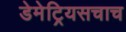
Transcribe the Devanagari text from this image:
डेमेट्रियसचाच